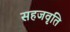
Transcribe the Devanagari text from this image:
सहजवृति